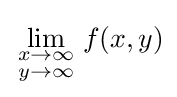
\lim _{\begin{smallmatrix}x\to \infty \\y\to \infty \end{smallmatrix}}f(x,y)